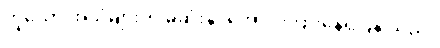
ဟူသော အသံများကို မဆုံးနိုင်အောင် ကြားနေရပြန် သည်။